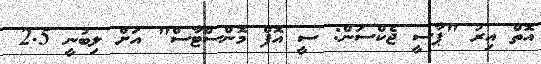
އޮތް އިރު "ޕާސީ ޖެކްސަން: ސީ އޮފް މޮންސްޓާސް" އަށް ލިބުނީ 2.5